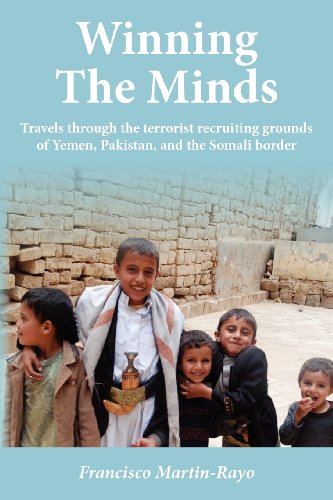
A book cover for Winning The Minds: Travels through the terrorist recruiting grounds of Yemen, Pakistan, and the Somali border; Francisco Martin-Rayo; Travel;